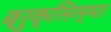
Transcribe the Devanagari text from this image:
ब्रुक्सिस्म।